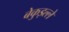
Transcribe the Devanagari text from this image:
बेकुइल्ले